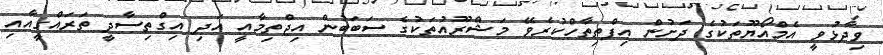
ވިދާޅުވީ އެމްއޯޔޫތަކުގެ ދަށުން އިފްތިތާހްކުރެވޭ މަޝްރޫއުތަކުގެ ސަބަބުން އިޖްތިމާއީ އަދި އިގްތިސާދީ ތަރައްގީއާއި